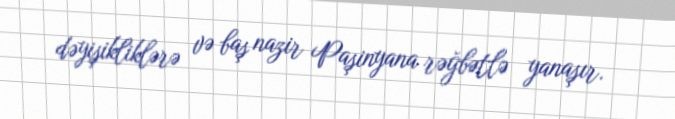
dəyişikliklərə və baş nazir Paşinyana rəğbətlə yanaşır.